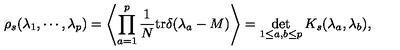
\rho _ { s } ( \lambda _ { 1 } , \cdots , \lambda _ { p } ) = \left\langle \prod _ { a = 1 } ^ { p } \frac { 1 } { N } \mathrm { t r } \delta ( \lambda _ { a } - M ) \right\rangle = \det _ { 1 \leq a , b \leq p } K _ { s } ( \lambda _ { a } , \lambda _ { b } ) ,